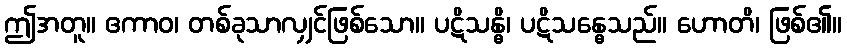
ဤအတူ။ ဧကာဝ၊ တစ်ခုသာလျှင်ဖြစ်သော။ ပဋိသန္ဓိ၊ ပဋိသန္ဓေသည်။ ဟောတိ၊ ဖြစ်၏။